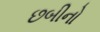
છબીનો